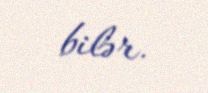
bilər.